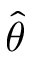
\hat { \theta }